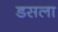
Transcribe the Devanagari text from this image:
डसला